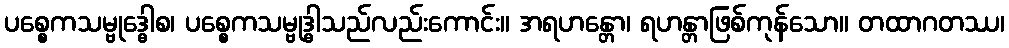
ပစ္စေကသမ္ဗုဒ္ဓေါစ၊ ပစ္စေကသမ္ဗုဒ္ဓါသည်လည်းကောင်း။ အရဟန္တော၊ ရဟန္တာဖြစ်ကုန်သော။ တထာဂတဿ၊